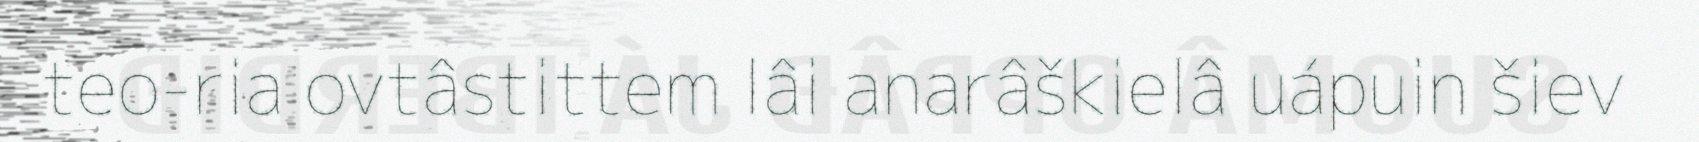
teo-ria ovtâstittem lâi anarâškielâ uápuin šiev